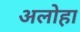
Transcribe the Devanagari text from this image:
अलोहा